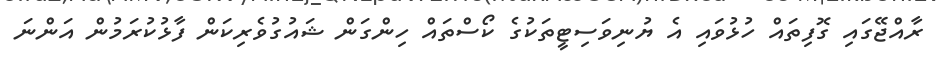
ރާއްޖޭގައި ގޮފިތައް ހުޅުވައި އެ ޔުނިވަސިޓީތަކުގެ ކޯސްތައް ހިންގަން ޝައުގުވެރިކަން ފާޅުކުރަމުން އަންނަ